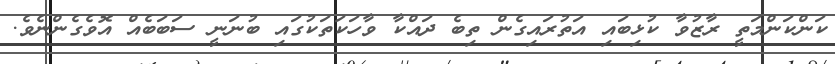
ކަންކަންމަތީ ރާޒުވާ ކުޅިބައި އަތުރައިގެން ތިބެ ދައްކާ ވާހަކަތަކުގައި ބުނަނީ ސަބަބެއް އޮވެގެންނެވެ.